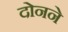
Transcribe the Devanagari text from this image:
दोनने